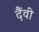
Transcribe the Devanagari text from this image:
दैंवी